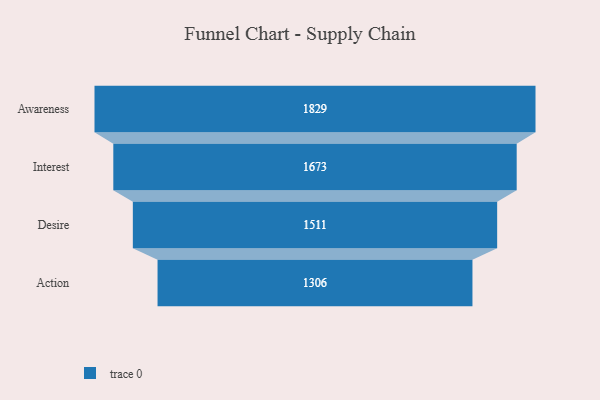
{"axis": {"x": "Stage", "y": "Value"}, "legend": [""], "data": [{"x": "Awareness", "y": 1829.0, "type": ""}, {"x": "Interest", "y": 1673.0, "type": ""}, {"x": "Desire", "y": 1511.0, "type": ""}, {"x": "Action", "y": 1306.0, "type": ""}]}